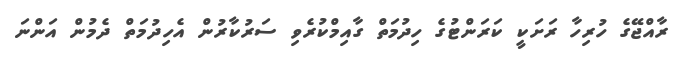
ރާއްޖޭގެ ހުރިހާ ރަށަކީ ކަރަންޓުގެ ހިދުމަތް ގާއިމްކުރެވި ސަރުކާރުން އެހިދުމަތް ދެމުން އަންނަ